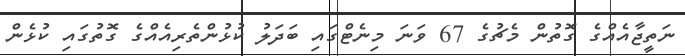
ނަތީޖާއެއްގެ ގޮތުން މެޗުގެ 67 ވަނަ މިނެޓްގައި ބަދަލު ކުޅުންތެރިއެއްގެ ގޮތުގައި ކުޅެން